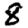
Digit: 8